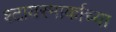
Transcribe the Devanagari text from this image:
श्टायरमार्काच्या